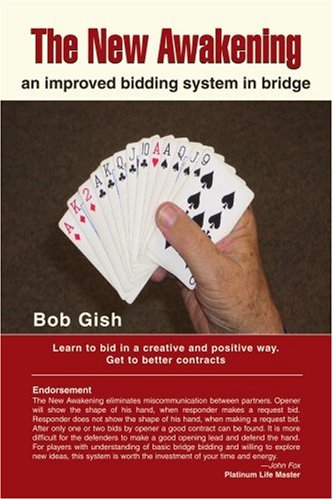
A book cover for The New Awakening: an improved bidding system in bridge; Bob Gish; Health, Fitness & Dieting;